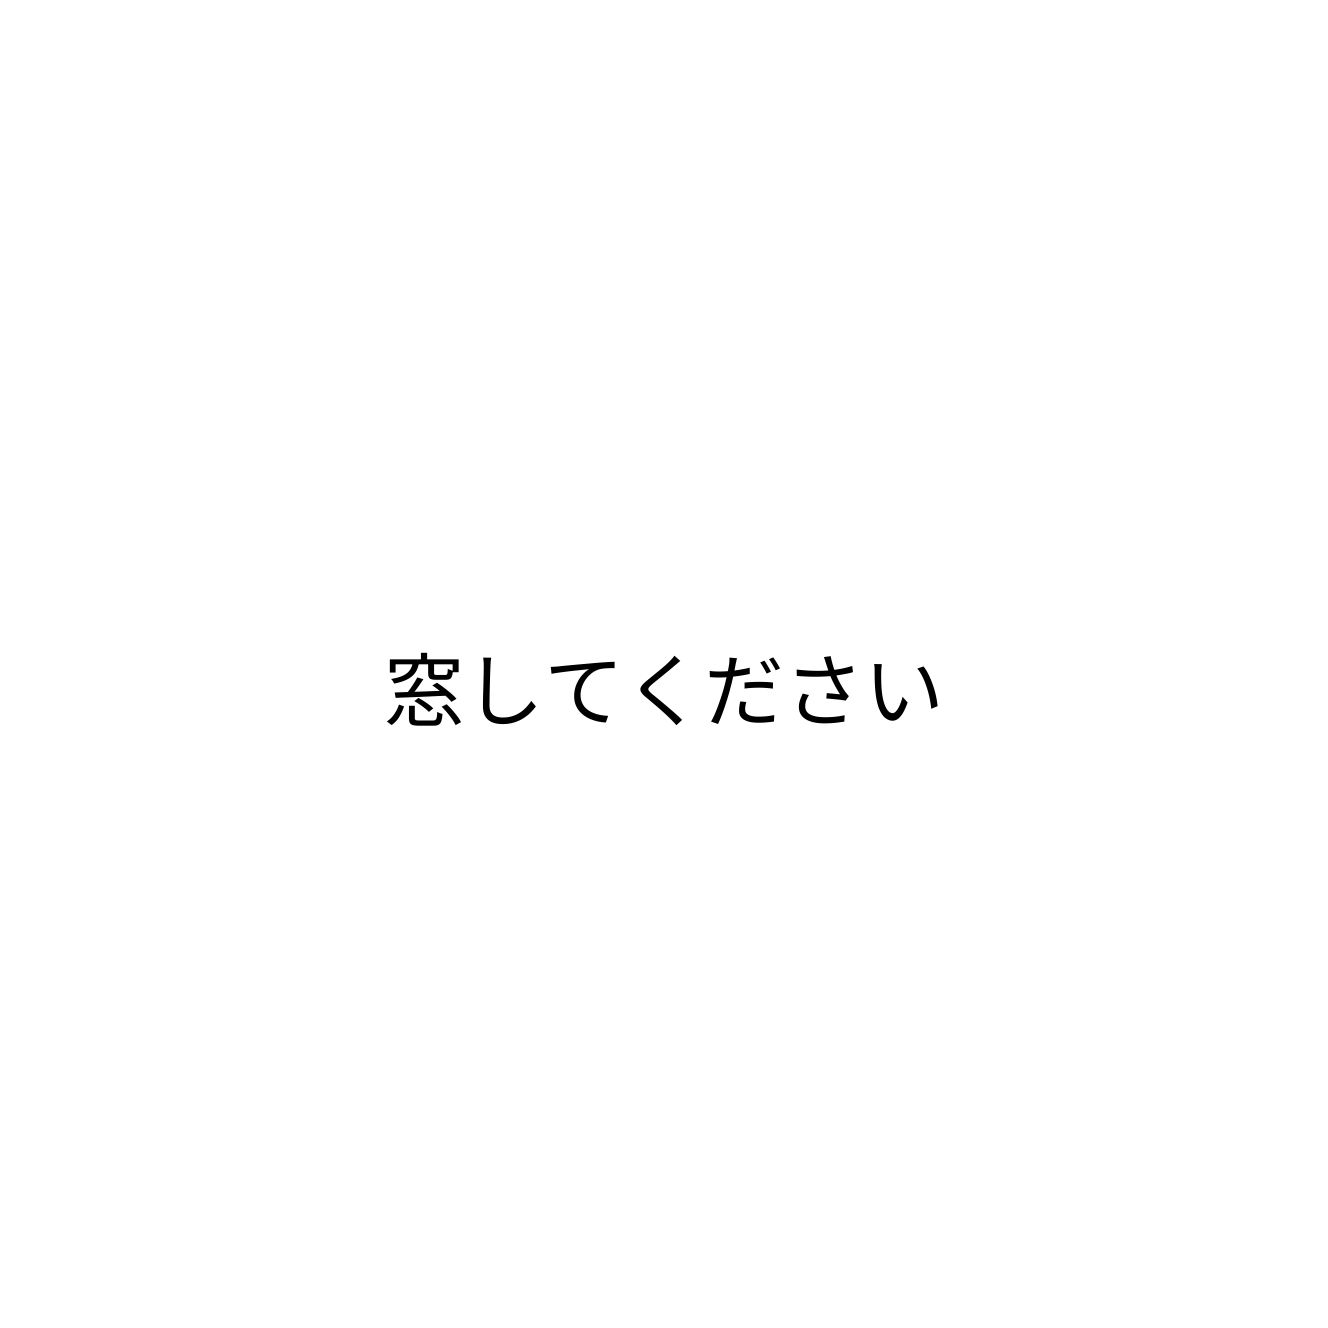
窓してください